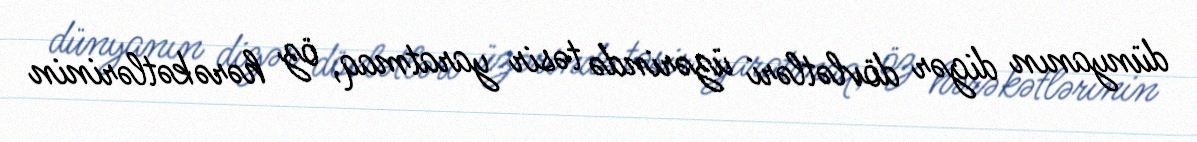
dünyanın digər dövlətləri üzərində təsir yaratmaq, öz hərəkətlərinin